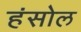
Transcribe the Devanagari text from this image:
हंसोल